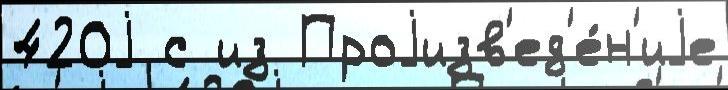
420j с из Проjизв'ед'е́н'иjе